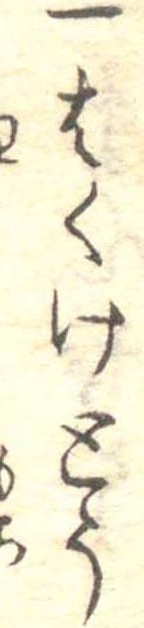
一はくけとう